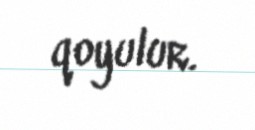
qoyulur.